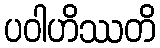
ပဝါဟိဿတိ